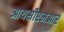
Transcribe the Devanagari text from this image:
आयसीएमआर